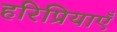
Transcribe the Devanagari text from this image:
हरिप्रियाएँ